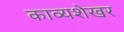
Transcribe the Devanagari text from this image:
काव्यशेखर